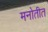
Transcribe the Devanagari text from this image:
मनोतीत